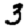
Digit: 3